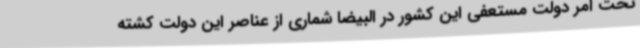
تحت امر دولت مستعفی این کشور در البیضا شماری از عناصر این دولت کشته